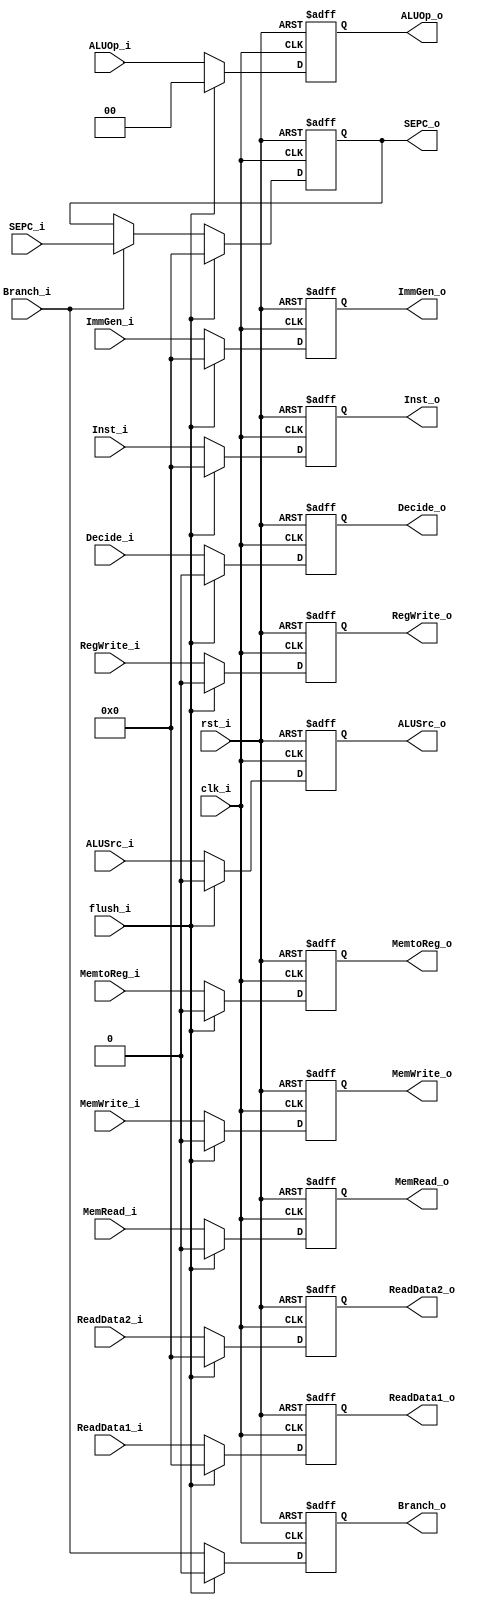
module IDEX (
    input RegWrite_i,
    input MemtoReg_i,
    input MemRead_i,
    input MemWrite_i,
    input [1:0] ALUOp_i,
    input ALUSrc_i,
    input [31:0] ReadData1_i,
    input [31:0] ReadData2_i,
    input [31:0] ImmGen_i,
    input [31:0] Inst_i,

    output RegWrite_o,
    output MemtoReg_o,
    output MemRead_o,
    output MemWrite_o,
    output [1:0] ALUOp_o,
    output ALUSrc_o,
    output [31:0] ReadData1_o,
    output [31:0] ReadData2_o,
    output [31:0] ImmGen_o,
    output [31:0] Inst_o,

    input Branch_i,
    output Branch_o,
    input Decide_i,
    output Decide_o,
    input [31:0] SEPC_i,
    output [31:0] SEPC_o,
    input flush_i,

    input rst_i,
    input clk_i
);

reg RegWrite_s;
reg MemtoReg_s;
reg MemRead_s;
reg MemWrite_s;
reg [1:0] ALUOp_s;
reg ALUSrc_s;
reg [31:0] ReadData1_s;
reg [31:0] ReadData2_s;
reg [31:0] ImmGen_s;
reg [31:0] Inst_s;
reg Branch_s;
reg [31:0] SEPC_s;
reg Decide_s;

always@(posedge clk_i or negedge rst_i) begin
    if(~rst_i) begin
        RegWrite_s <= 1'b0;
        MemtoReg_s <= 1'b0;
        MemRead_s <= 1'b0;
        MemWrite_s <= 1'b0;
        ALUOp_s <= 2'b0;
        ALUSrc_s <= 1'b0;
        ReadData1_s <= 32'b0;
        ReadData2_s <= 32'b0;
        ImmGen_s <= 32'b0;
        Inst_s <= 32'b0;
        Branch_s <= 1'b0;
        SEPC_s <= 32'b0;
        Decide_s <= 1'b0;
    end else begin
        if (flush_i == 1'b1) begin
            RegWrite_s <= 1'b0;
            MemtoReg_s <= 1'b0;
            MemRead_s <= 1'b0;
            MemWrite_s <= 1'b0;
            ALUOp_s <= 2'b0;
            ALUSrc_s <= 1'b0;
            ReadData1_s <= 32'b0;
            ReadData2_s <= 32'b0;
            ImmGen_s <= 32'b0;
            Inst_s <= 32'b0;
            Branch_s <= 1'b0;
            SEPC_s <= 32'b0;
            Decide_s <= 1'b0;
        end else begin
            RegWrite_s <= RegWrite_i;
            MemtoReg_s <= MemtoReg_i;
            MemRead_s <= MemRead_i;
            MemWrite_s <= MemWrite_i;
            ALUOp_s <= ALUOp_i;
            ALUSrc_s <= ALUSrc_i;
            ReadData1_s <= ReadData1_i;
            ReadData2_s <= ReadData2_i;
            ImmGen_s <= ImmGen_i;
            Inst_s <= Inst_i;
            Branch_s <= Branch_i;
            if (Branch_i) begin
                SEPC_s <= SEPC_i;
            end else begin
                SEPC_s <= SEPC_s;
            end
            Decide_s <= Decide_i;
        end
    end
end

assign RegWrite_o = RegWrite_s;
assign MemtoReg_o = MemtoReg_s;
assign MemRead_o = MemRead_s;
assign MemWrite_o = MemWrite_s;
assign ALUOp_o = ALUOp_s;
assign ALUSrc_o = ALUSrc_s;
assign ReadData1_o = ReadData1_s;
assign ReadData2_o = ReadData2_s;
assign ImmGen_o = ImmGen_s;
assign Inst_o = Inst_s;
assign Branch_o = Branch_s;
assign Decide_o = Decide_s;
assign SEPC_o = SEPC_s;

endmodule